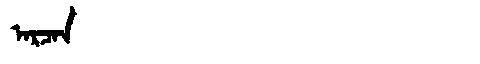
Manchu: ᠠᡵᠴᠠᠨ
Romanization: ARCAN